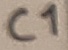
Text: C1